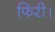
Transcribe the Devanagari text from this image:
फिरी।